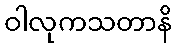
ဝါလုကသတာနိ